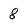
Character: 8